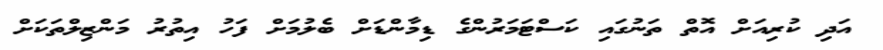
އަދި ކުރިއަށް އޮތް ތަނުގައި ކަސްޓަމަރުންގެ ޑިމާންޑަށް ބެލުމަށް ފަހު އިތުރު މަންޒިލްތަކަށް